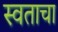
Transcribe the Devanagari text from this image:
स्वताचा